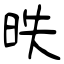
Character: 昳